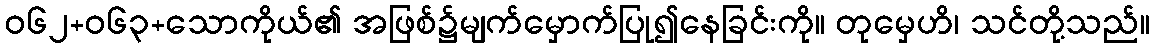
ဝ၆၂+၀၆၃+သောကိုယ်၏ အဖြစ်၌မျက်မှောက်ပြု၍နေခြင်းကို။ တုမှေဟိ၊ သင်တို့သည်။